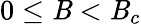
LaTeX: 0\le\mathit{B}<\mathit{B}_{c}